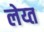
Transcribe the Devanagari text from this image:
लेय्त